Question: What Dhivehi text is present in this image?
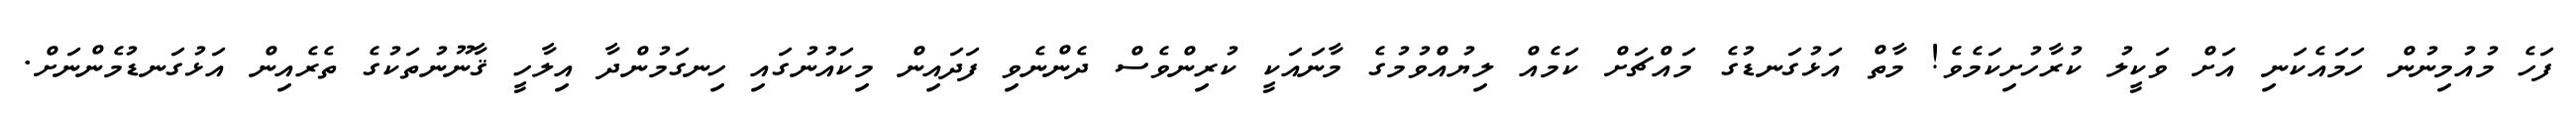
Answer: ފަހެ މުއުމިނުން ހަމައެކަނި އަށް ވަކީލު ކުރާހުށިކަމެވެ! މާތް އަޅުގަނޑުގެ މައްޗަށް ކަމެއް ލިޔުއްވުމުގެ މާނައަކީ ކުރިންވެސް ދެންނެވި ފަދައިން މިކައުނުގައި ހިނގަމުންދާ އިލާހީ ޤާނޫނުތަކުގެ ތެރެއިން އަޅުގަނޑުމެންނަށް.